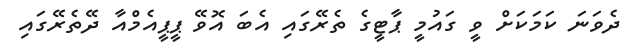
ދެވަނަ ކަމަކަށް ވީ ގައުމީ ޕާޓީގެ ތެރޭގައި އެބަ އޮވޭ ޕީޕީއެމްއާ ދޭތެރޭގައި